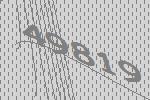
49819